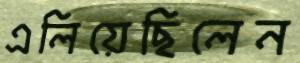
এলিয়েছিলেন